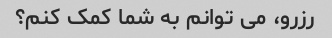
رزرو، می توانم به شما کمک کنم؟